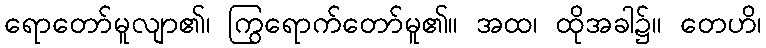
ရောတော်မူလျာ၏၊ ကြွရောက်တော်မူ၏။ အထ၊ ထိုအခါ၌။ တေဟိ၊